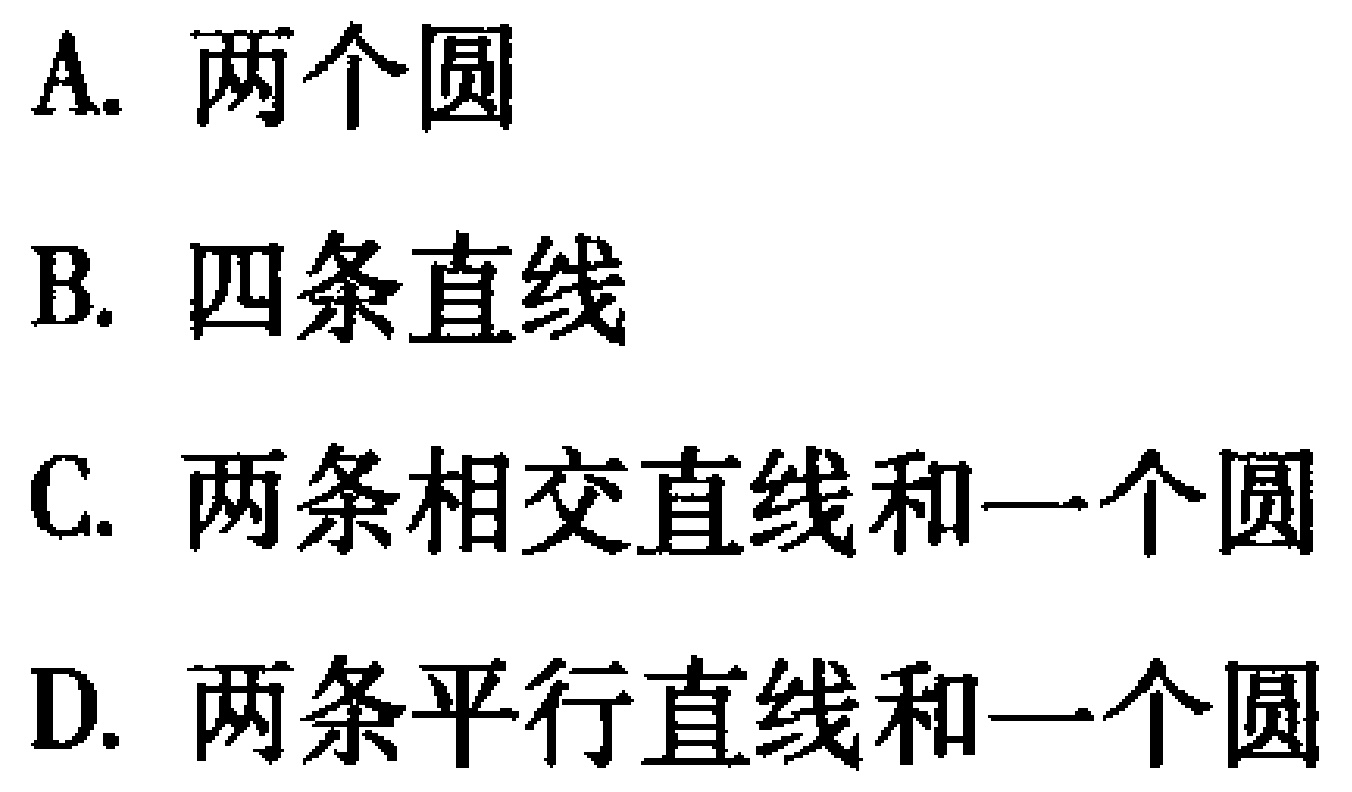
A. 两个圆
B. 四条直线
C. 两条相交直线和一个圆
D. 两条平行直线和一个圆